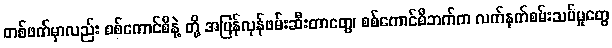
တစ်ဖက်မှာလည်း စစ်ကောင်စီနဲ့ တို့ အပြန်လှန်ဖမ်းဆီးတာတွေ၊ စစ်ကောင်စီဘက်က လက်နက်စမ်းသပ်မှုတွေ